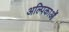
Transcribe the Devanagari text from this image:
अल्पिकाओं